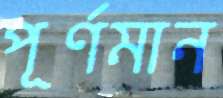
পূর্ণমান